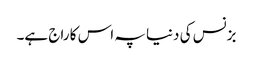
بزنس کی دنیا پہ اس کا راج ہے۔